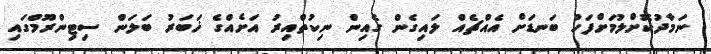
ނަމާދުކޮށްލުމަށްފަހު ބަނޑަށް އެއްޗެއް ލައިގެން ގެއިން ނިކުތްއިރު އަށެއްގެ ޚަބަރު ބަލަން ސިޓިންރޫމްގައި